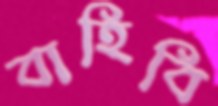
বাহিবি